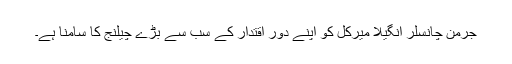
جرمن چانسلر انگیلا میرکل کو اپنے دور اقتدار کے سب سے بڑے چیلنج کا سامنا ہے۔